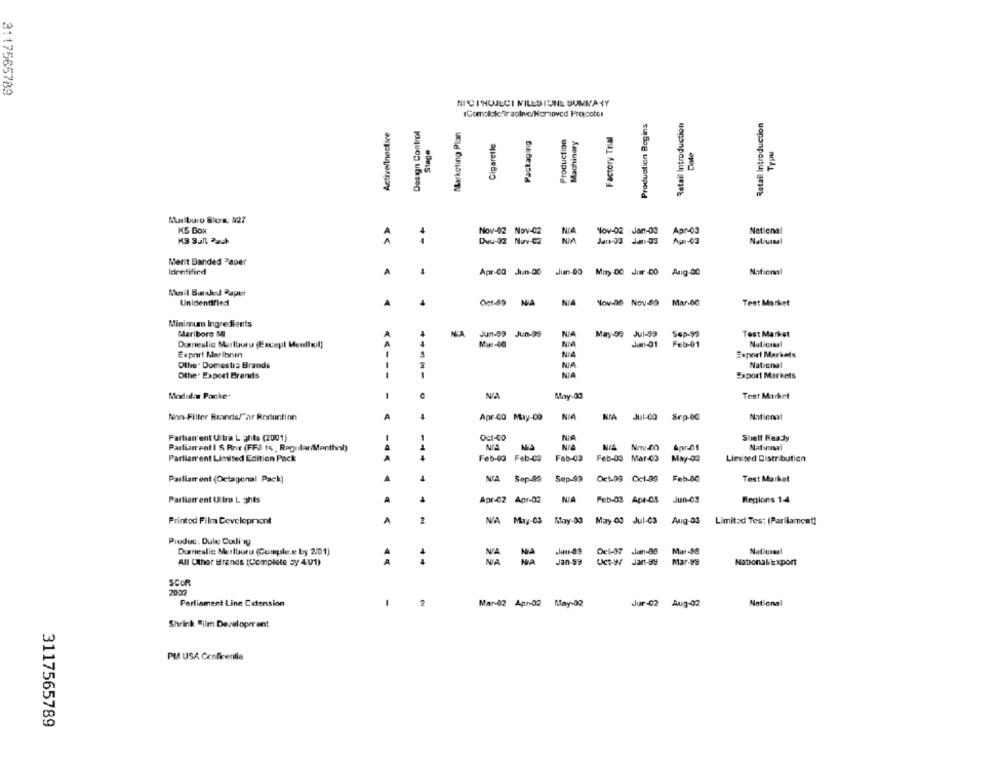
3117565789
NICINOJECI NILESIONE SUNKANY
#Comolotofir aolivo/Homoved Propcots!
Production Begins
Retail Introduction
Retail Introduction
Active/Inactive
Design Control
Marketing Plan
Factory Trial
Cigaretle
Packaging
Production
Machinery
Stage
TYPU
KS Box
> >
Nov-02 Nov-02
Apr-03
National
NIA
Nov-02 Jan-03
KS Sull Pack
Dwu-02 Nuy-02
Jan-03 Jan-03
Au -03
Nativasal
Merit Banded Paper
Identified
Apr-CO Jun-OG
Juan-00
May DO Jur -DO
Anig.00
National
Mnil Banded Raper
Unidentified
Nov-De Nov-09
Mar-00
Test Market
Minimum Ingredients
Marlboro MI
NA
Jun-99 Jun-99
May-99 Jul-99
Sep-99
Test Market
Mur-60
Jim-01
Feb-01
Noticiasl
Durneslic Marlboro (Except Mentiwul)
Export Maribrin
Export Markets
Othe" Domeste Brands
NA
National
Other Export Brands
NIA
Export Markets
-
Modulaw Packe*
c
NA
May-03
Test Market
Non-Filter Brandsfar Roduction
A
Apr-CO May-DO
NIA
MIA
Jul-00
Sep-00
National
Partsan ent Ultra L ghts (2001)
Oct-00
NIA
Shelt Ready
Parliament I & Rne (FFJ to Regular/Menthal)
NIA
NIA
Natinnal
Feb-09 Feb-04
Fab-03
Partiarent Limited Edition Pack
Feb-03 Mar-03 May-04
Limited Distribution
Parliarr ent (Octagonal Pack)
NA Sep-99
Sep-99
Oct-99 0c1-09 Feb.00
Test Market
Partiarr ent Ultra Lights
Apr-02 Apr-02
NIA
Feb-03 Apr-05 Jun-03
Regions 14
Printed Film Development
A
2
NA May-03 May-00
May 00 Jul-03
Aug-03
Limited Tes: (Parliament]
Produc. Dule Codi ig
Dumneslic Merlburu (Cumple.et by 2/01)
Just-89
Oel-37 Jim-88
All Other trends (Complete sy 401)
NA
Jan -99
Uct-W/ Jan-59
Mar-99
NationaliExport
SCOR
2002
Parliament Line Extension
Mar-02 Apr-02 May-02
Jur-02
Aug-02
National
Shrink "ilm Developerent
PM USA Confirentia
3117565789